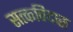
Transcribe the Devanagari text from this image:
सत्कविदास